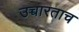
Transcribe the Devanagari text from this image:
उच्चारताच